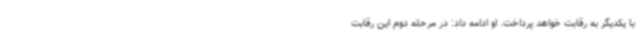
با یکدیگر به رقابت خواهد پرداخت. او ادامه داد: در مرحله دوم این رقابت